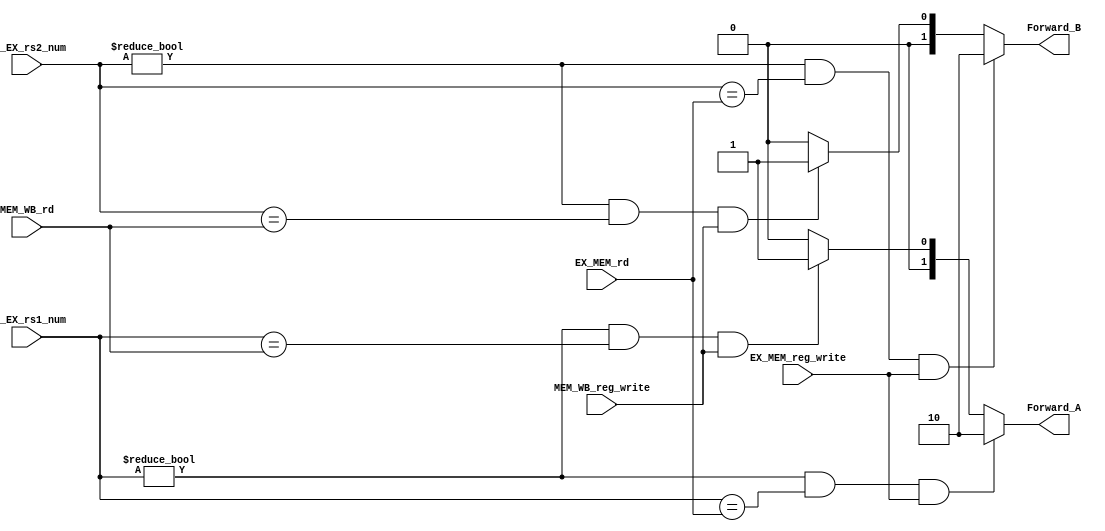
module Forwarding(input [4:0]ID_EX_rs1_num, input [4:0]ID_EX_rs2_num, input [4:0] EX_MEM_rd, input [4:0] MEM_WB_rd, 
input EX_MEM_reg_write, input MEM_WB_reg_write, output reg [1:0]Forward_A, output reg [1:0]Forward_B);
    always @(*) begin
        if(ID_EX_rs1_num!=0 && (ID_EX_rs1_num == EX_MEM_rd) && EX_MEM_reg_write)
            Forward_A = 2'b10;
        else if((ID_EX_rs1_num!=0) && (ID_EX_rs1_num == MEM_WB_rd) && MEM_WB_reg_write)
            Forward_A = 2'b01;
        else
            Forward_A = 0;
        if(ID_EX_rs2_num!=0 && (ID_EX_rs2_num == EX_MEM_rd) && EX_MEM_reg_write)
            Forward_B = 2'b10;
        else if((ID_EX_rs2_num!=0) && (ID_EX_rs2_num == MEM_WB_rd) && MEM_WB_reg_write)
            Forward_B = 2'b01;
        else
            Forward_B = 0;
    end
endmodule
module InternalForwarding(input [4:0]rs1, input [4:0]rs2, input [4:0] MEM_WB_rd,input MEM_WB_reg_write,
 output reg inter_forward_A, output reg inter_forward_B);
    always @(*) begin
        if((rs1!=0)&& (rs1 == MEM_WB_rd) && MEM_WB_reg_write ) // caution! add / / / sw case 
            inter_forward_A = 1;
        else
            inter_forward_A = 0;
        if((rs2!=0)&& (rs2 == MEM_WB_rd) && MEM_WB_reg_write )
            inter_forward_B = 1;
        else
            inter_forward_B = 0;
    end
endmodule